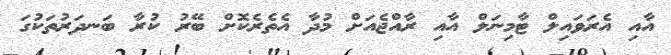
އާއި އެރަވައިލް ޓާމިނަލް އާއި ރާއްޖެއަށް މުދާ އެތެރެކޮށް ބޭރު ކުރާ ބަނދަރުތަކުގަ